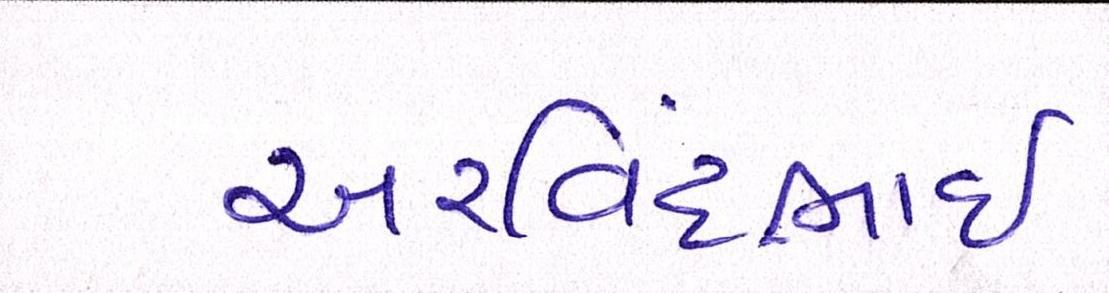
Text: અરવિંદભાઇ